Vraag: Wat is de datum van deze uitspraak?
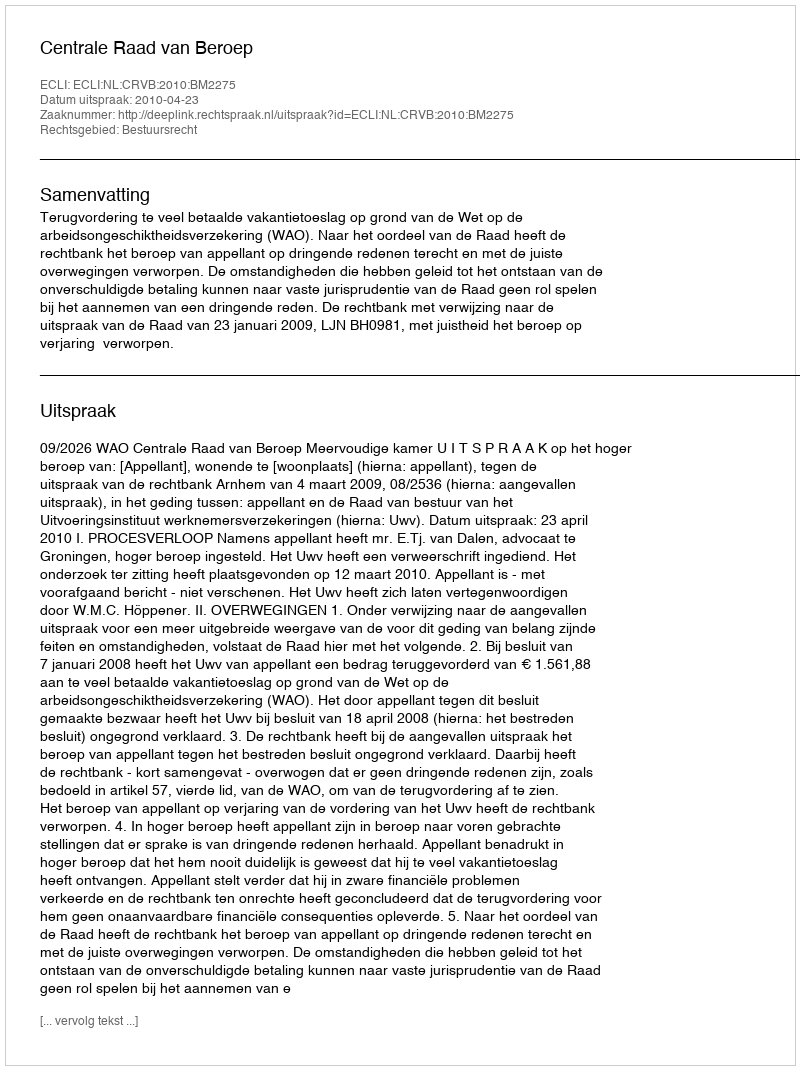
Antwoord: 2010-04-23